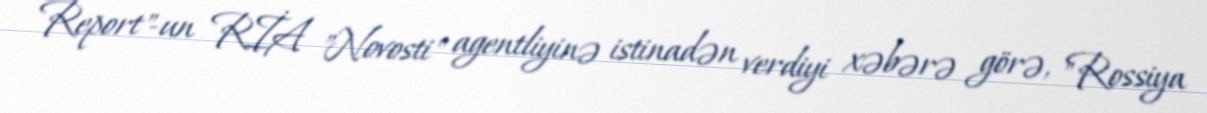
Report"-un RİA "Novosti" agentliyinə istinadən verdiyi xəbərə görə, "Rossiya